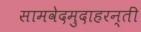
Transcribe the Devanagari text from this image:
सामवेदमुदाहरन्तीं